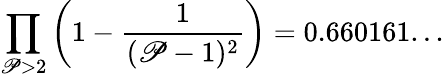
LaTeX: \prod_{\mathscr{P}>2}\left(1-{\frac{{1}}{{(\mathscr{P}-1)^{2}}}}\right)=0.660161...